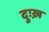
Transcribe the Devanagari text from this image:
दुःख़